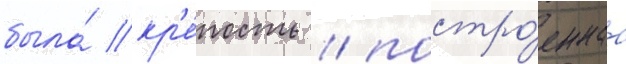
была́ кр'е́пость / постро́еннаа